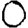
Digit: 0